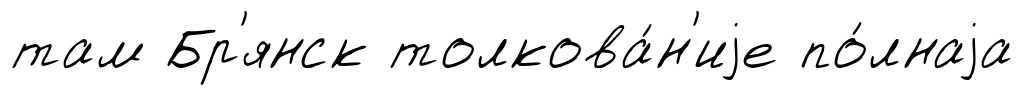
там Бр'янск толкова́н'иjе по́лнаjа